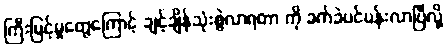
ကြီးမြင့်မှုတွေကြောင့် ချင့်ချိန်သုံးစွဲလာရတာ ကို ခက်ခဲပင်ပန်းလာပြီလို့